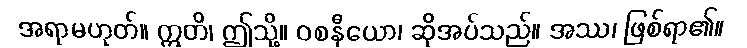
အရာမဟုတ်။ ဣတိ၊ ဤသို့။ ဝစနီယော၊ ဆိုအပ်သည်။ အဿ၊ ဖြစ်ရာ၏။